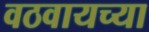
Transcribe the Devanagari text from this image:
वठवायच्या